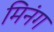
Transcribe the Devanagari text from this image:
मिनंग